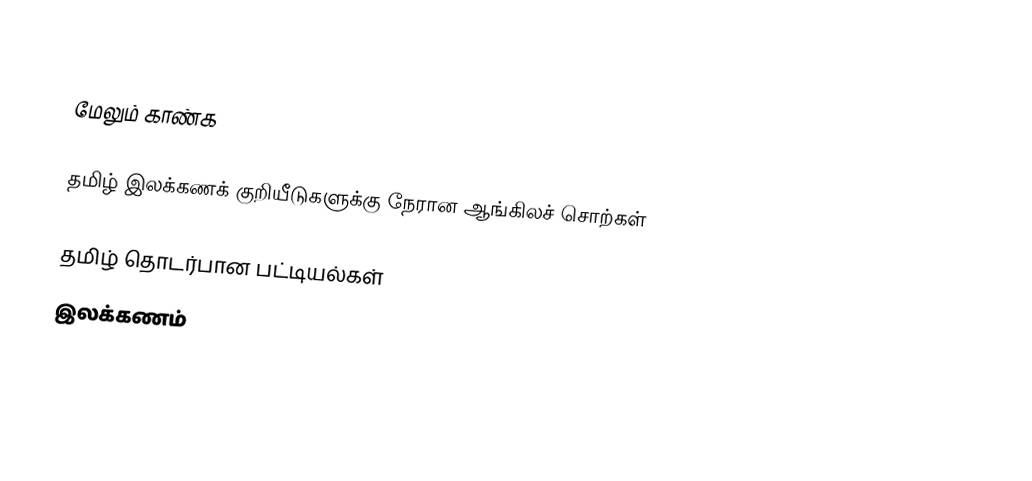

மேலும் காண்க

தமிழ் இலக்கணக் குறியீடுகளுக்கு நேரான ஆங்கிலச் சொற்கள்

தமிழ் தொடர்பான பட்டியல்கள்
இலக்கணம்